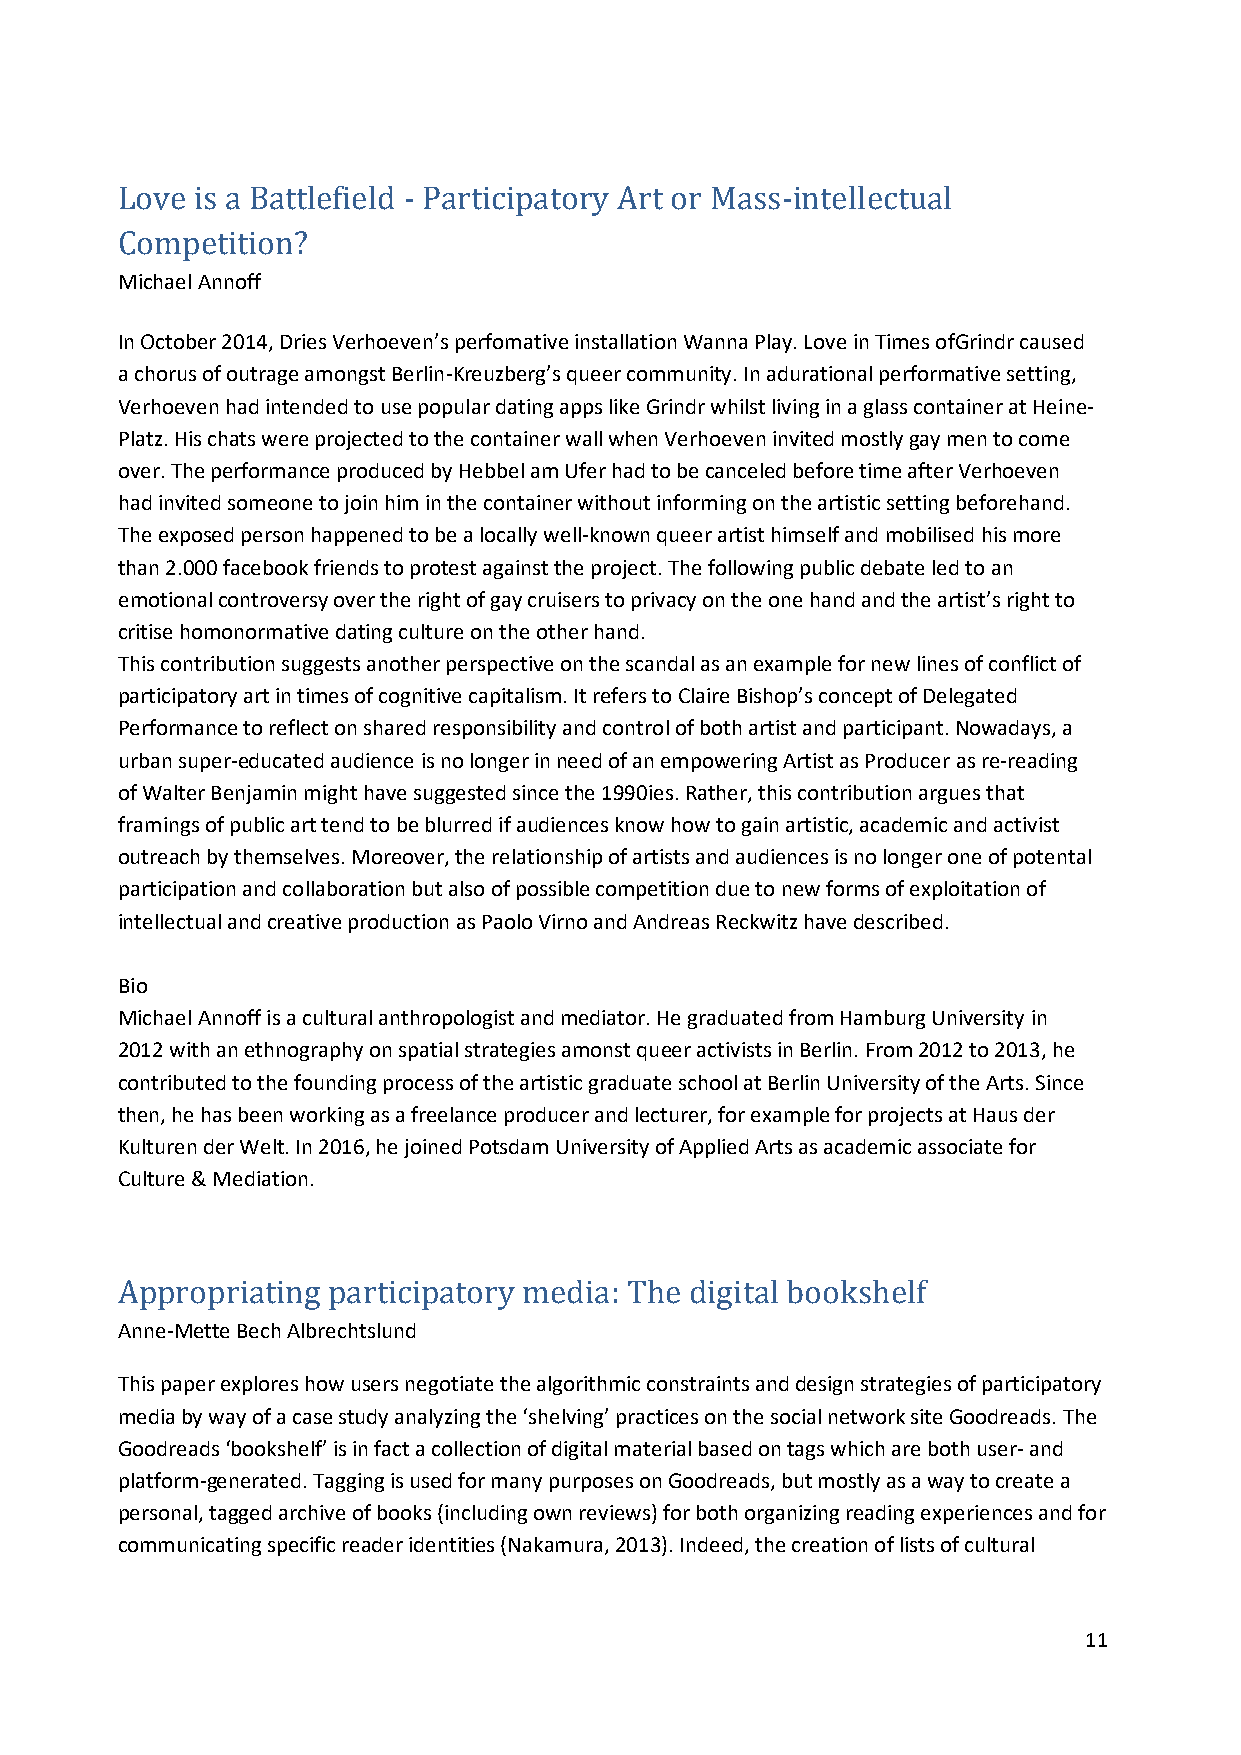
Love is a Battlefield - Participatory Art or Mass-intellectual
 Michael Annoff
 C ompetition?
 In October 2014, Dries Verhoeven’s perfomative installation Wanna Play. Love in Times ofGrindr caused
 a chorus of outrage amongst Berlin-Kreuzberg’s queer community. In adurational performative setting,
 Verhoeven had intended to use popular dating apps like Grindr whilst living in a glass container at Heine-
 Platz. His chats were projected to the container wall when Verhoeven invited mostly gay men to come
 over. The performance produced by Hebbel am Ufer had to be canceled before time after Verhoeven
 had invited someone to join him in the container without informing on the artistic setting beforehand.
 The exposed person happened to be a locally well-known queer artist himself and mobilised his more
 than 2.000 facebook friends to protest against the project. The following public debate led to an
 emotional controversy over the right of gay cruisers to privacy on the one hand and the artist’s right to
 critise homonormative dating culture on the other hand.
 This contribution suggests another perspective on the scandal as an example for new lines of conflict of
 participatory art in times of cognitive capitalism. It refers to Claire Bishop’s concept of Delegated
 Performance to reflect on shared responsibility and control of both artist and participant. Nowadays, a
 urban super-educated audience is no longer in need of an empowering Artist as Producer as re-reading
 of Walter Benjamin might have suggested since the 1990ies. Rather, this contribution argues that
 framings of public art tend to be blurred if audiences know how to gain artistic, academic and activist
 outreach by themselves. Moreover, the relationship of artists and audiences is no longer one of potental
 participation and collaboration but also of possible competition due to new forms of exploitation of
 intellectual and creative production as Paolo Virno and Andreas Reckwitz have described.
 Bio
 Michael Annoff is a cultural anthropologist and mediator. He graduated from Hamburg University in
 2012 with an ethnography on spatial strategies amonst queer activists in Berlin. From 2012 to 2013, he
 contributed to the founding process of the artistic graduate school at Berlin University of the Arts. Since
 then, he has been working as a freelance producer and lecturer, for example for projects at Haus der
 Kulturen der Welt. In 2016, he joined Potsdam University of Applied Arts as academic associate for
 Culture & Mediation.
 Anne-Mette Bech Albrechtslund
 Appropriating participatory media: The digital bookshelf
 This paper explores how users negotiate the algorithmic constraints and design strategies of participatory
 media by way of a case study analyzing the ‘shelving’ practices on the social network site Goodreads. The
 Goodreads ‘bookshelf’ is in fact a collection of digital material based on tags which are both user- and
 platform-generated. Tagging is used for many purposes on Goodreads, but mostly as a way to create a
 personal, tagged archive of books (including own reviews) for both organizing reading experiences and for
 communicating specific reader identities (Nakamura, 2013). Indeed, the creation of lists of cultural
 11